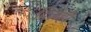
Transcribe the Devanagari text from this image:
दिलही